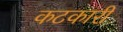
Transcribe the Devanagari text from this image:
कटकारी